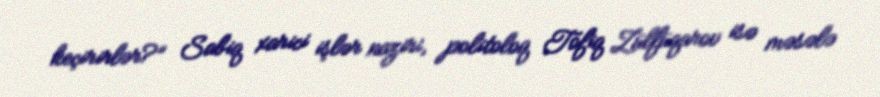
keçirirlər?” Sabiq xarici işlər naziri, politoloq Tofiq Zülfüqarov isə məsələ